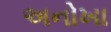
અનોખા